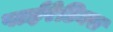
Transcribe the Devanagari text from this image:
पाईरेटिक्स